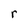
Character: r